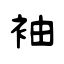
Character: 袖